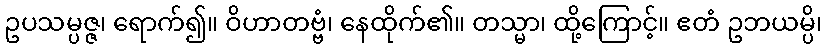
ဥပသမ္ပဇ္ဇ၊ ရောက်၍။ ဝိဟာတဗ္ဗံ၊ နေထိုက်၏။ တသ္မာ၊ ထို့ကြောင့်။ ဧတံ ဥဘယမ္ပိ၊